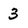
Character: 3